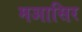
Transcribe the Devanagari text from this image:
मआसिर